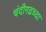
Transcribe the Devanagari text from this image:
चंदीगढच्या